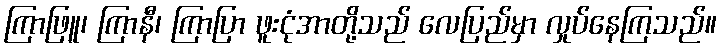
ကြာဖြူ၊ ကြာနီ၊ ကြာပြာ ဖူးငုံအာတို့သည် လေပြည်မှာ လှုပ်နေကြသည်။